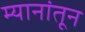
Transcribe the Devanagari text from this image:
म्यानांतून